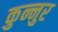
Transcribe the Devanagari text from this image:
कुन्नुर